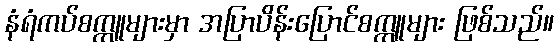
နံရံကပ်စက္ကူများမှာ အပြာပိန်းပြောင်စက္ကူများ ဖြစ်သည်။